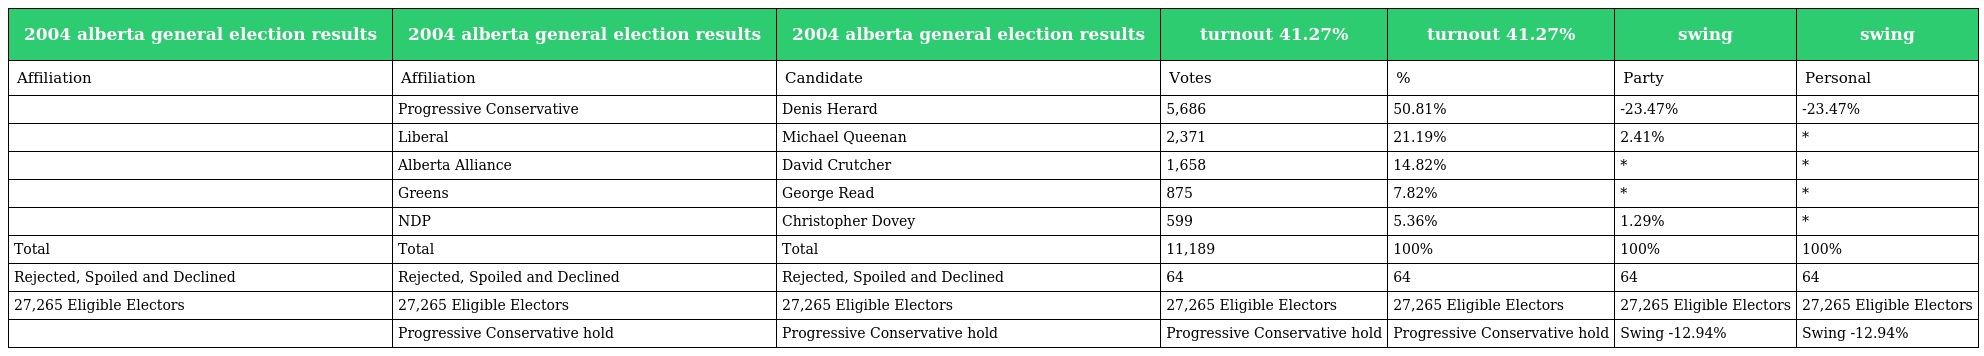
| 2004 alberta general election results | 2004 alberta general election results | 2004 alberta general election results | turnout 41.27% | turnout 41.27% | swing | swing |
 | --- | --- | --- | --- | --- | --- | --- |
 | Affiliation | Affiliation | Candidate | Votes | % | Party | Personal |
 |  | Progressive Conservative | Denis Herard | 5,686 | 50.81% | -23.47% | -23.47% |
 |  | Liberal | Michael Queenan | 2,371 | 21.19% | 2.41% | * |
 |  | Alberta Alliance | David Crutcher | 1,658 | 14.82% | * | * |
 |  | Greens | George Read | 875 | 7.82% | * | * |
 |  | NDP | Christopher Dovey | 599 | 5.36% | 1.29% | * |
 | Total | Total | Total | 11,189 | 100% | 100% | 100% |
 | Rejected, Spoiled and Declined | Rejected, Spoiled and Declined | Rejected, Spoiled and Declined | 64 | 64 | 64 | 64 |
 | 27,265 Eligible Electors | 27,265 Eligible Electors | 27,265 Eligible Electors | 27,265 Eligible Electors | 27,265 Eligible Electors | 27,265 Eligible Electors | 27,265 Eligible Electors |
 |  | Progressive Conservative hold | Progressive Conservative hold | Progressive Conservative hold | Progressive Conservative hold | Swing -12.94% | Swing -12.94% |